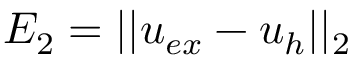
E _ { 2 } = | | u _ { e x } - u _ { h } | | _ { 2 }